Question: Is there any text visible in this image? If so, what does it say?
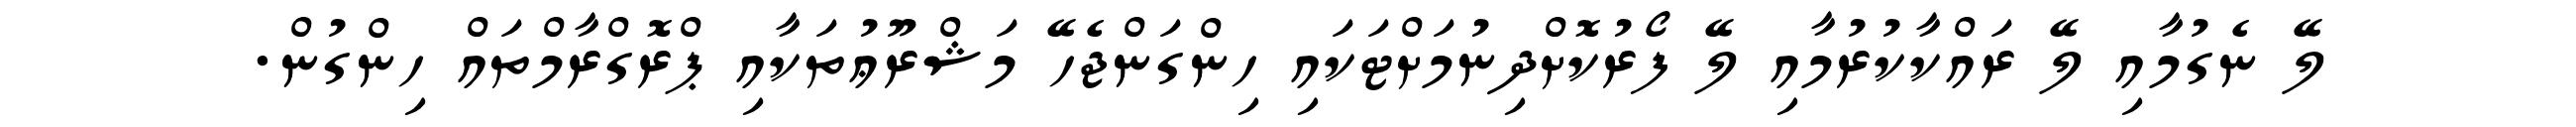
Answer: ލޭ ނެގުމާއި ލޭ ރައްކާކުރުމާއި ލޭ ފޯރުކޮށްދިނުމަށްޓަކައި ހިންގަންޖެހޭ މަޝްރޫޢުތަކާއި ޕްރޮގްރާމްތައް ހިންގުން.